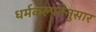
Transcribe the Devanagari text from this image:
धर्मकल्पनेनुसार